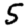
Digit: 5